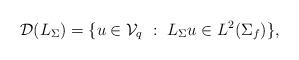
LaTeX: \begin{align*}\mathcal{D}(L_\Sigma)=\{u\in \mathcal{V}_q\ : \ L_\Sigma u \in L^2(\Sigma_f)\},\end{align*}